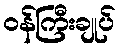
ဝန်ကြီးချုပ်